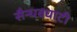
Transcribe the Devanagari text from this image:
सैन्धवघाटी